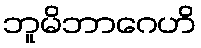
ဘူမိဘာဂေဟိ